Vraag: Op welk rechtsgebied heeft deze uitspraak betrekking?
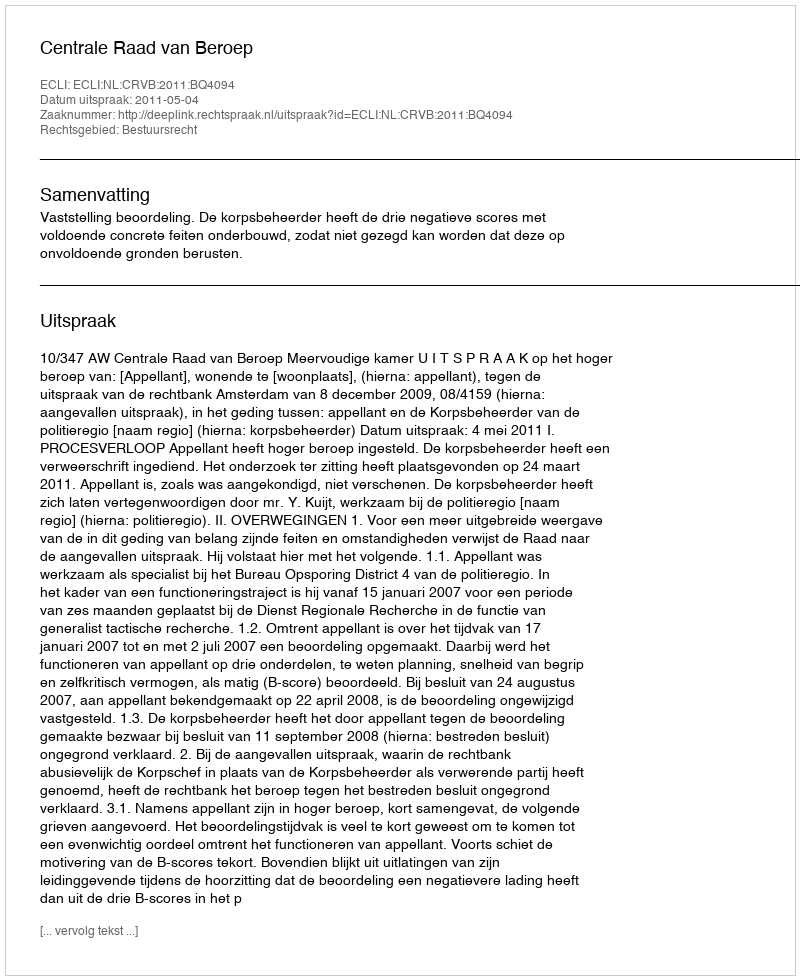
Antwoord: Bestuursrecht